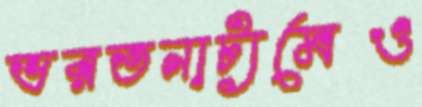
ভরতনাট্যমেও